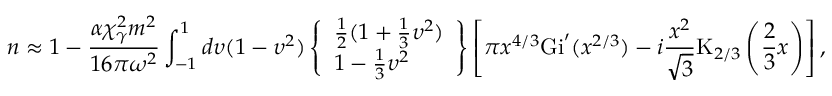
n \approx 1 - \frac { \alpha \chi _ { \gamma } ^ { 2 } m ^ { 2 } } { 1 6 \pi \omega ^ { 2 } } \int _ { - 1 } ^ { 1 } d \upsilon ( 1 - \upsilon ^ { 2 } ) \left\{ \begin{array} { l } { \frac { 1 } { 2 } ( 1 + \frac { 1 } { 3 } \upsilon ^ { 2 } ) } \\ { 1 - \frac { 1 } { 3 } \upsilon ^ { 2 } } \end{array} \right\} \left[ \pi x ^ { 4 / 3 } \mathrm { G i } ^ { \prime } ( x ^ { 2 / 3 } ) - i \frac { x ^ { 2 } } { \sqrt { 3 } } \mathrm { K } _ { 2 / 3 } \left( \frac { 2 } { 3 } x \right) \right] ,